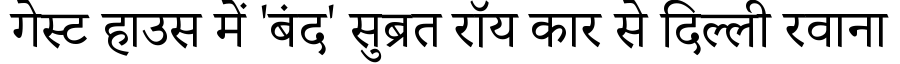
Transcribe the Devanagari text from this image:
गेस्ट हाउस में 'बंद' सुब्रत रॉय कार से दिल्ली रवाना